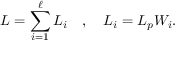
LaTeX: L = \sum _ { i = 1 } ^ { \ell } L _ { i } \quad , \quad L _ { i } = L _ { p } W _ { i } .